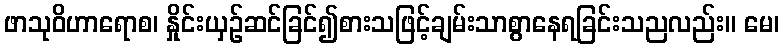
ဖာသုဝိဟာရောစ၊ နှိုင်းယှဉ်ဆင်ခြင်၍စားသဖြင့်ချမ်းသာစွာနေရခြင်းသညလည်း။ မေ၊